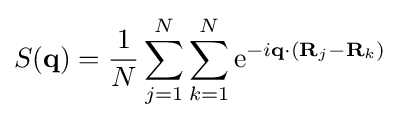
S(\mathbf {q} )={\frac {1}{N}}\sum _{j=1}^{N}\sum _{k=1}^{N}\mathrm {e} ^{-i\mathbf {q} \cdot (\mathbf {R} _{j}-\mathbf {R} _{k})}